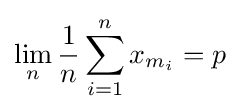
\lim _{n}{\frac {1}{n}}\sum _{i=1}^{n}x_{m_{i}}=p